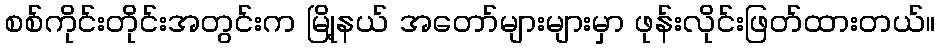
စစ်ကိုင်းတိုင်းအတွင်းက မြို့နယ် အတော်များများမှာ ဖုန်းလိုင်းဖြတ်ထားတယ်။